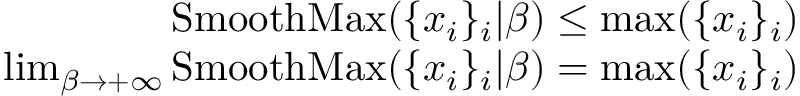
\begin{array} { r } { \operatorname { S m o o t h M a x } ( \{ x _ { i } \} _ { i } | \beta ) \leq \operatorname* { m a x } ( \{ x _ { i } \} _ { i } ) } \\ { \operatorname* { l i m } _ { \beta \to + \infty } \operatorname { S m o o t h M a x } ( \{ x _ { i } \} _ { i } | \beta ) = \operatorname* { m a x } ( \{ x _ { i } \} _ { i } ) } \end{array}